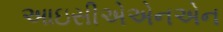
આઇસીએએનએન